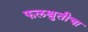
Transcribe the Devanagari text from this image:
फलश्रुतीचा